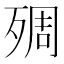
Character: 𱥑